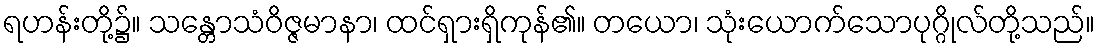
ရဟန်းတို့၌။ သန္တောသံဝိဇ္ဇမာနာ၊ ထင်ရှားရှိကုန်၏။ တယော၊ သုံးယောက်သောပုဂ္ဂိုလ်တို့သည်။